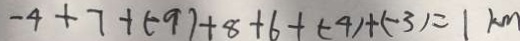
- 4 + 7 + ( - 9 ) + 8 + 6 + ( - 4 ) + ( - 3 ) = 1 k m